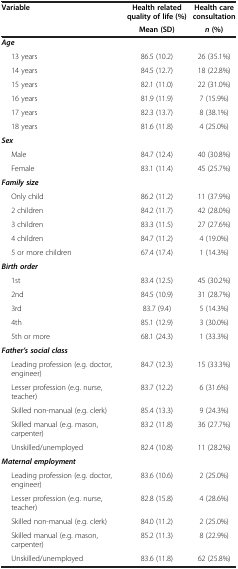
<table><thead><tr><td rowspan="2"><b>Variable</b></td><td><b>Health related quality of life (%)</b></td><td><b>Health care consultation</b></td></tr><tr><td><b>Mean (SD)</b></td><td><b><i>n </i>(%)</b></td></tr></thead><tbody><tr><td><b><i>Age</i></b></td><td> </td><td> </td></tr><tr><td>13 years</td><td>86.5 (10.2)</td><td>26 (35.1%)</td></tr><tr><td>14 years</td><td>84.5 (12.7)</td><td>18 (22.8%)</td></tr><tr><td>15 years</td><td>82.1 (11.0)</td><td>22 (31.0%)</td></tr><tr><td>16 years</td><td>81.9 (11.9)</td><td>7 (15.9%)</td></tr><tr><td>17 years</td><td>82.3 (13.7)</td><td>8 (38.1%)</td></tr><tr><td>18 years</td><td>81.6 (11.8)</td><td>4 (25.0%)</td></tr><tr><td><b><i>Sex</i></b></td><td> </td><td> </td></tr><tr><td>Male</td><td>84.7 (12.4)</td><td>40 (30.8%)</td></tr><tr><td>Female</td><td>83.1 (11.4)</td><td>45 (25.7%)</td></tr><tr><td><b><i>Family size</i></b></td><td> </td><td> </td></tr><tr><td>Only child</td><td>86.2 (11.2)</td><td>11 (37.9%)</td></tr><tr><td>2 children</td><td>84.2 (11.7)</td><td>42 (28.0%)</td></tr><tr><td>3 children</td><td>83.3 (11.5)</td><td>27 (27.6%)</td></tr><tr><td>4 children</td><td>84.7 (11.2)</td><td>4 (19.0%)</td></tr><tr><td>5 or more children</td><td>67.4 (17.4)</td><td>1 (14.3%)</td></tr><tr><td><b><i>Birth order</i></b></td><td> </td><td> </td></tr><tr><td>1st</td><td>83.4 (12.5)</td><td>45 (30.2%)</td></tr><tr><td>2nd</td><td>84.5 (10.9)</td><td>31 (28.7%)</td></tr><tr><td>3rd</td><td>83.7 (9.4)</td><td>5 (14.3%)</td></tr><tr><td>4th</td><td>85.1 (12.9)</td><td>3 (30.0%)</td></tr><tr><td>5th or more</td><td>68.1 (24.3)</td><td>1 (33.3%)</td></tr><tr><td><b><i>Father’s social class</i></b></td><td> </td><td> </td></tr><tr><td>Leading profession (e.g. doctor, engineer)</td><td>84.7 (12.3)</td><td>15 (33.3%)</td></tr><tr><td>Lesser profession (e.g. nurse, teacher)</td><td>83.7 (12.2)</td><td>6 (31.6%)</td></tr><tr><td>Skilled non-manual (e.g. clerk)</td><td>85.4 (13.3)</td><td>9 (24.3%)</td></tr><tr><td>Skilled manual (e.g. mason, carpenter)</td><td>83.2 (11.8)</td><td>36 (27.7%)</td></tr><tr><td>Unskilled/unemployed</td><td>82.4 (10.8)</td><td>11 (28.2%)</td></tr><tr><td><b><i>Maternal employment</i></b></td><td> </td><td> </td></tr><tr><td>Leading profession (e.g. doctor, engineer)</td><td>83.6 (10.6)</td><td>2 (25.0%)</td></tr><tr><td>Lesser profession (e.g. nurse, teacher)</td><td>82.8 (15.8)</td><td>4 (28.6%)</td></tr><tr><td>Skilled non-manual (e.g. clerk)</td><td>84.0 (11.2)</td><td>2 (25.0%)</td></tr><tr><td>Skilled manual (e.g. mason, carpenter)</td><td>85.2 (11.3)</td><td>8 (22.9%)</td></tr><tr><td>Unskilled/unemployed</td><td>83.6 (11.8)</td><td>62 (25.8%)</td></tr></tbody></table>